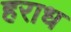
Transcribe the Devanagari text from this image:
हराध